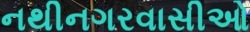
નથીનગરવાસીઓ